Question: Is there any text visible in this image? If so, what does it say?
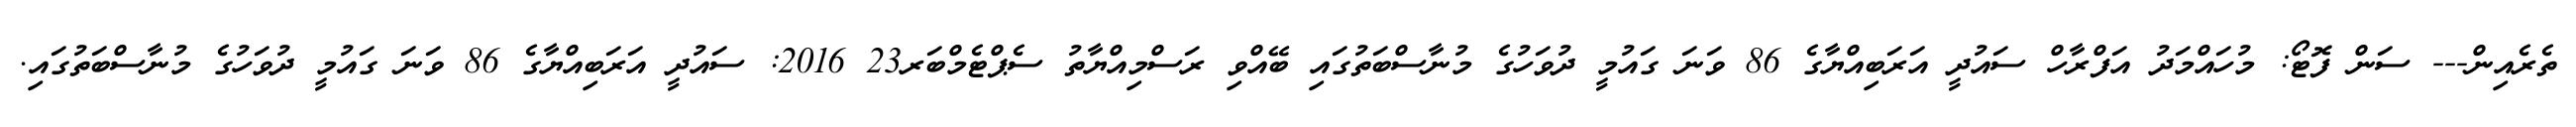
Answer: ތެރެއިން--- ސަން ފޮޓޯ: މުހައްމަދު އަފްރާހް ސައުދީ އަރަބިއްޔާގެ 86 ވަނަ ގައުމީ ދުވަހުގެ މުނާސްބަތުގައި ބޭއްވި ރަސްމިއްޔާތު ސެޕްޓެމްބަރ23 2016: ސައުދީ އަރަބިއްޔާގެ 86 ވަނަ ގައުމީ ދުވަހުގެ މުނާސްބަތުގައި.